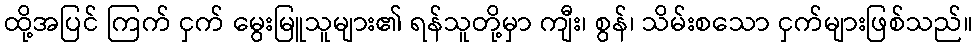
ထို့အပြင် ကြက် ငှက် မွေးမြူသူများ၏ ရန်သူတို့မှာ ကျီး၊ စွန်၊ သိမ်းစသော ငှက်များဖြစ်သည်။